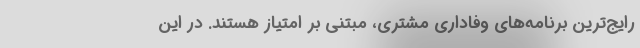
رایج‌ترین برنامه‌های وفاداری مشتری، مبتنی بر امتیاز هستند. در این